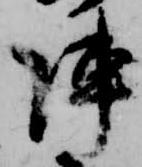
陣